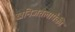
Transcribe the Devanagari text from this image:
खनिजतेलापैकी